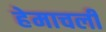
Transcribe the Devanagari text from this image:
हेमाचलीं